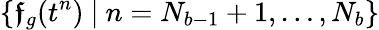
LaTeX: \{ \boldsymbol{\mathfrak{f}}_{g}(t^{n})\ |\ n=N_{b-1}+1,\ldots,N_{b}\}